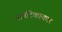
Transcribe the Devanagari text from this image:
वात्रटिकाकार